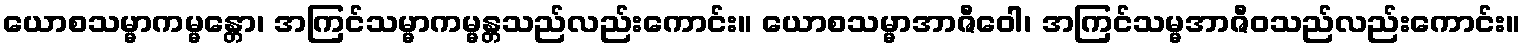
ယောစသမ္မာကမ္မန္တော၊ အကြင်သမ္မာကမ္မန္တသည်လည်းကောင်း။ ယောစသမ္မာအာဇီဝေါ၊ အကြင်သမ္မအာဇီဝသည်လည်းကောင်း။